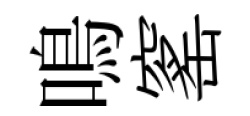
鳴窰